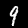
Label: 9